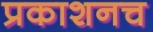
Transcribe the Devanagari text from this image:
प्रकाशनच